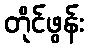
တိုင်ဖွန်း